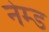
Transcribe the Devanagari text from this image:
नेम्‍ड